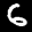
Label: 6